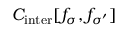
C _ { \mathrm { i n t e r } } [ f _ { \sigma } , f _ { \sigma ^ { \prime } } ]